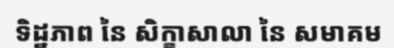
ទិដ្ឋភាព នៃ សិក្ខាសាលា នៃ សមាគម